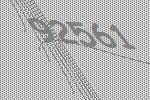
92561